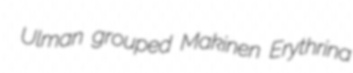
Ulman grouped Makinen Erythrina